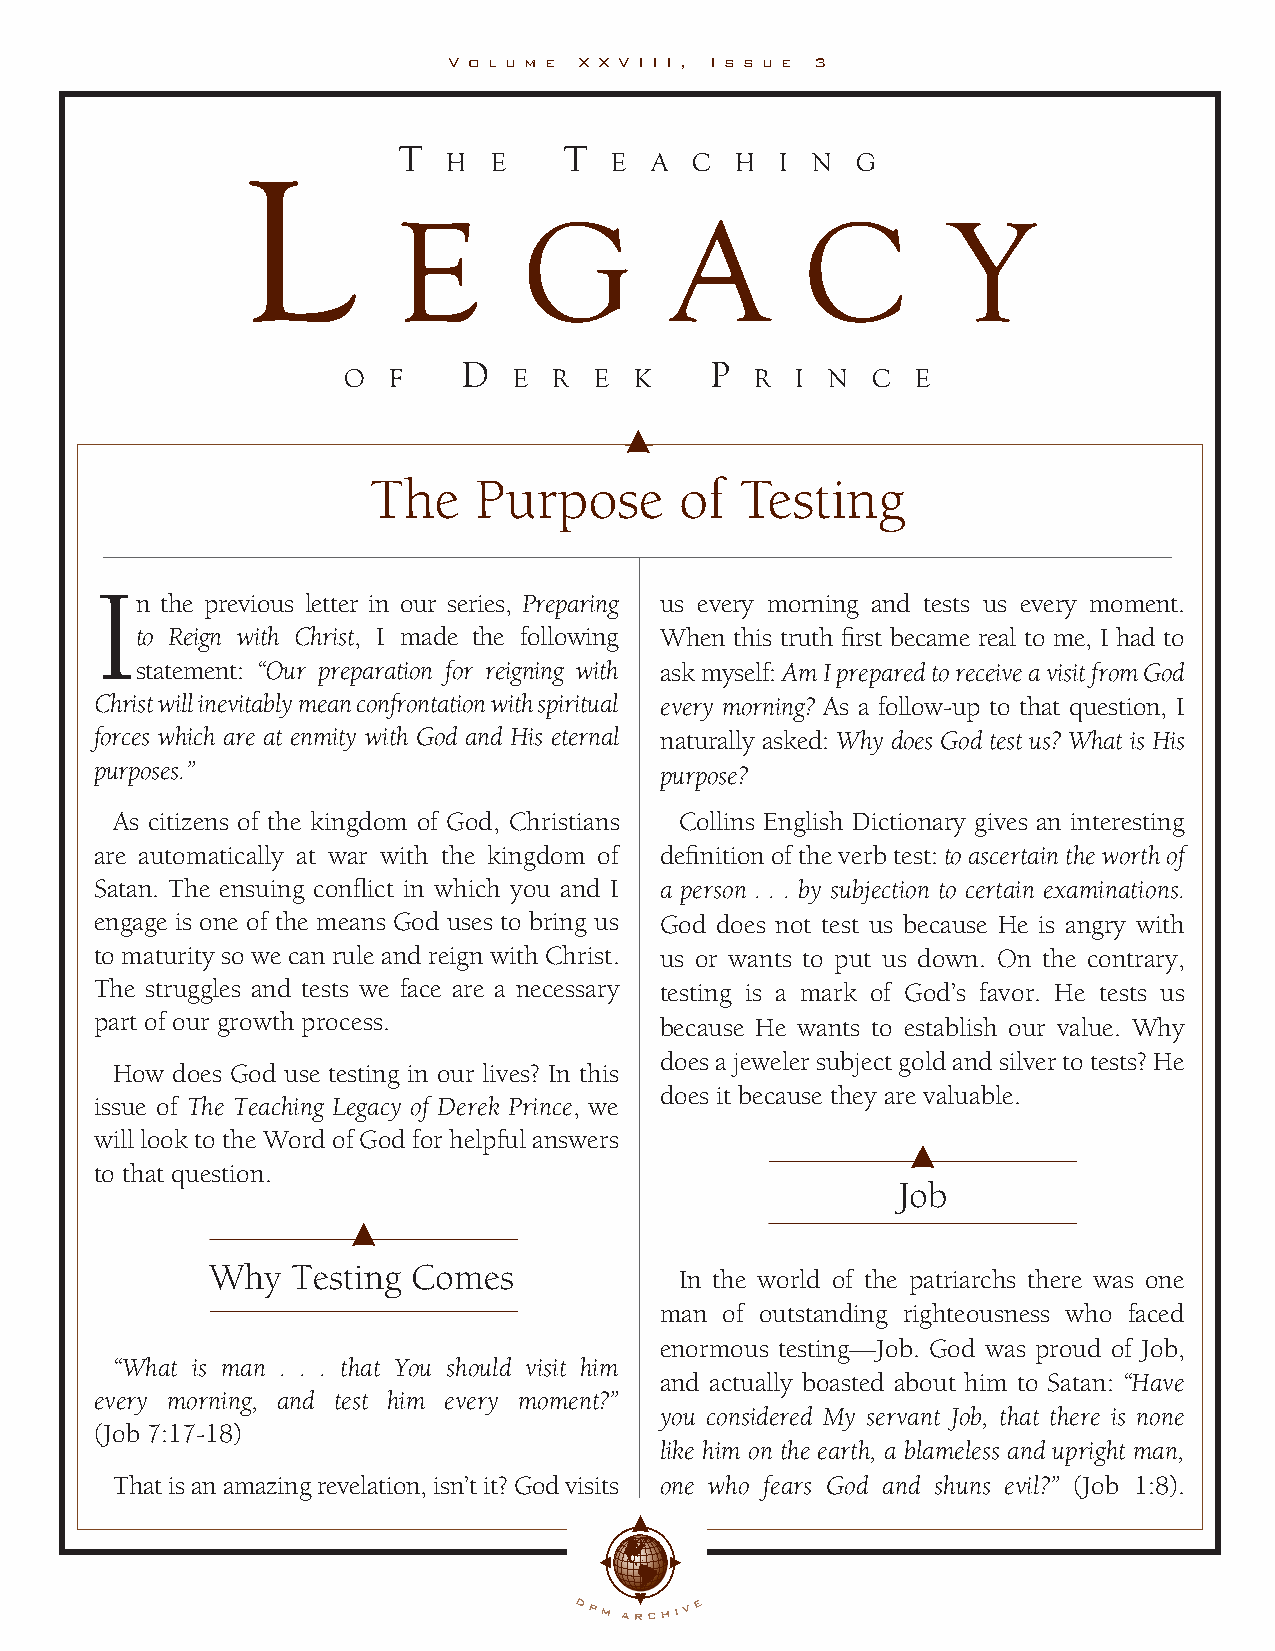
V o l u m e X X V I I I , I s s u e 3
 T          T
 H E       E  A  C  H  I N  G
 LL
 EE       GG       AA       CC        YY
 D               P
 O  F       E  R E  K       R  I N  C  E
 The   Purpose       of  Testing
 I
 n the previous letter in our series, Preparing us every morning and tests us every moment.
 to Reign with Christ, I made the following When this truth first became real to me, I had to
 statement: “Our preparation for reigning with ask myself: Am I prepared to receive a visit from God
 Christ will inevitably mean confrontation with spiritual every morning? As a follow-up to that question, I
 forces which are at enmity with God and His eternal naturally asked: Why does God test us? What is His
 purposes.”                            purpose?
 As citizens of the kingdom of God, Christians Collins English Dictionary gives an interesting
 are automatically at war with the kingdom of definition of the verb test: to ascertain the worth of
 Satan. The ensuing conflict in which you and I a person . . . by subjection to certain examinations.
 engage is one of the means God uses to bring us God does not test us because He is angry with
 to maturity so we can rule and reign with Christ. us or wants to put us down. On the contrary,
 The struggles and tests we face are a necessary testing is a mark of God’s favor. He tests us
 part of our growth process.           because He wants to establish our value. Why
 does a jeweler subject gold and silver to tests? He
 How does God use testing in our lives? In this
 does it because they are valuable.
 issue of The Teaching Legacy of Derek Prince, we
 will look to the Word of God for helpful answers
 to that question.
 Job
 Why  Testing Comes
 In the world of the patriarchs there was one
 man of outstanding righteousness who faced
 enormous testing—Job. God was proud of Job,
 “What is man . . . that You should visit him
 and actually boasted about him to Satan: “Have
 every morning, and test him every moment?”
 you considered My servant Job, that there is none
 (Job 7:17-18)
 like him on the earth, a blameless and upright man,
 That is an amazing revelation, isn’t it? God visits one who fears God and shuns evil?” (Job 1:8).